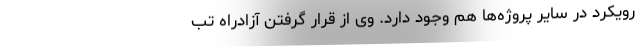
رویکرد در سایر پروژه‌ها هم وجود دارد. وی از قرار گرفتن آزادراه تب